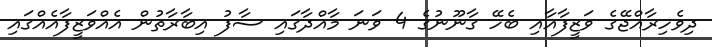
ދިވެހިރާއްޖޭގެ ވަޒީފާއާއި ބެހޭ ގާނޫނުގެ 4 ވަނަ މާއްދާގައި ސާފު އިބާރާތުން އެއްވަޒީފާއެއްގައި